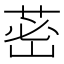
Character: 𦰷